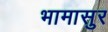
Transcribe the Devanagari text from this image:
भामासुर